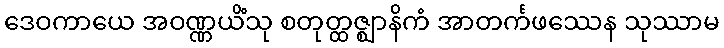
ဒေဝကာယေ အဝဏ္ဏယိံသု စတုတ္ထဇ္ဈာနိကံ အာတင်္ကဖဿေန သုဿာမ